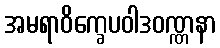
အမရာဝိက္ခေပဝါဒဝဏ္ဏနာ